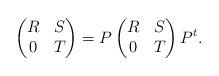
LaTeX: \begin{align*}\begin{pmatrix}R & S\\0 & T\end{pmatrix}=P\begin{pmatrix}R & S\\0 & T\end{pmatrix}P^t.\end{align*}